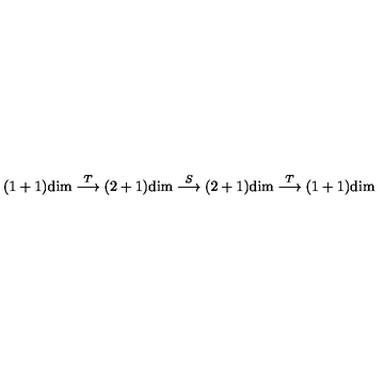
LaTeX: ( 1 + 1 ) \mathrm { d i m } \stackrel { T } { \longrightarrow } ( 2 + 1 ) \mathrm { d i m } \stackrel { S } { \longrightarrow } ( 2 + 1 ) \mathrm { d i m } \stackrel { T } { \longrightarrow } ( 1 + 1 ) \mathrm { d i m }